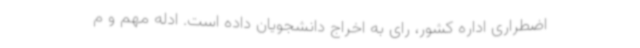
اضطراری اداره کشور، رای به اخراج دانشجویان داده است. ادله مهم و م